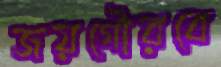
জয়গৌরবে